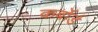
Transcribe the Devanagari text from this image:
कर्बोर्ड